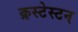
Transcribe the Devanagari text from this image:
क्रस्टेस्टन